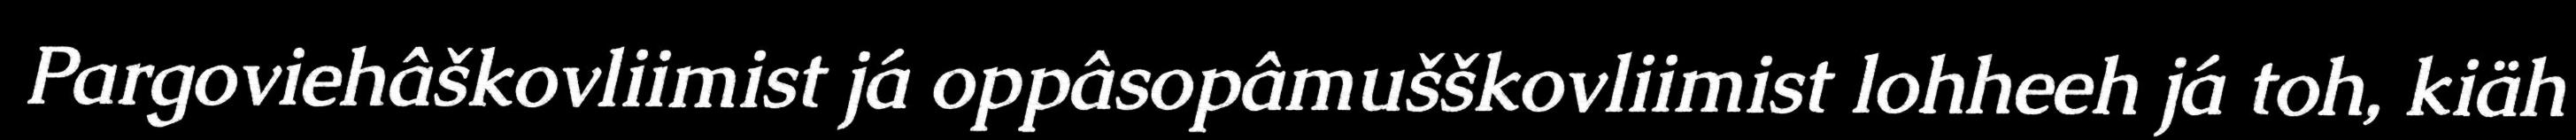
Pargoviehâškovliimist já oppâsopâmušškovliimist lohheeh já toh, kiäh